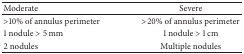
| Moderate | Severe |
 | --- | --- |
 | >10% of annulus perimeter | >20% of annulus perimeter |
 | 1 nodule > 5 mm | 1 nodule > 1 cm |
 | 2 nodules | Multiple nodules |